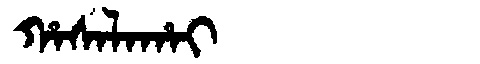
Manchu: ᡥᠠᠰᠠᠯᠠᡥᠠᡳ
Romanization: HASALAHAI